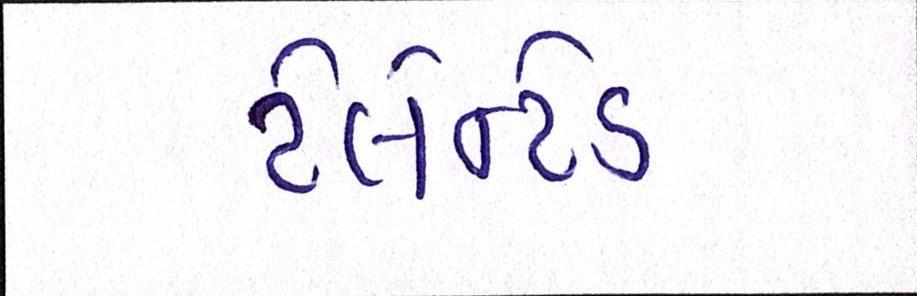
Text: ટેલેન્ટેડ